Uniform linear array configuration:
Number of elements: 12
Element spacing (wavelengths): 1
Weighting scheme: cosine
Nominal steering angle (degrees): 30
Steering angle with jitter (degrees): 30.254
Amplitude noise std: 0.05
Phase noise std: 0.05

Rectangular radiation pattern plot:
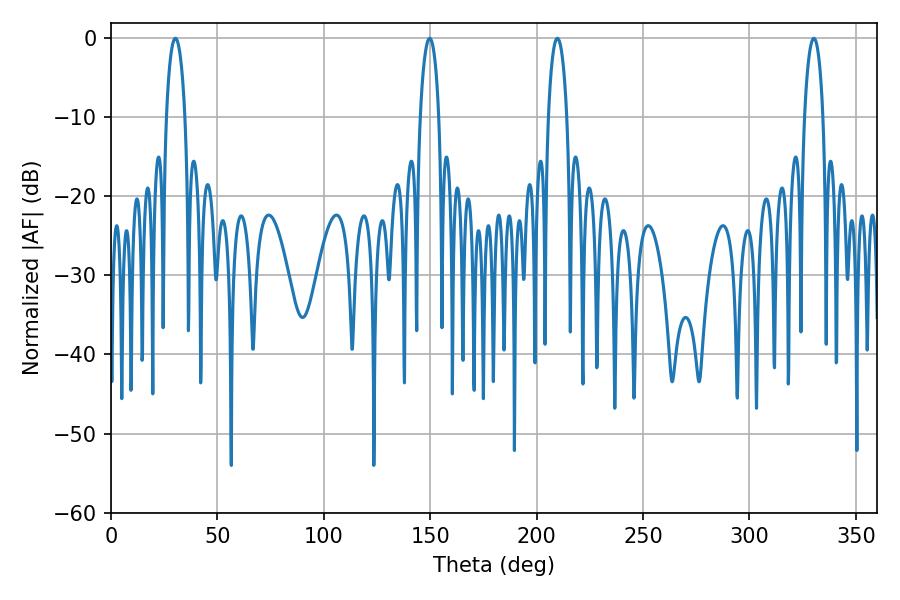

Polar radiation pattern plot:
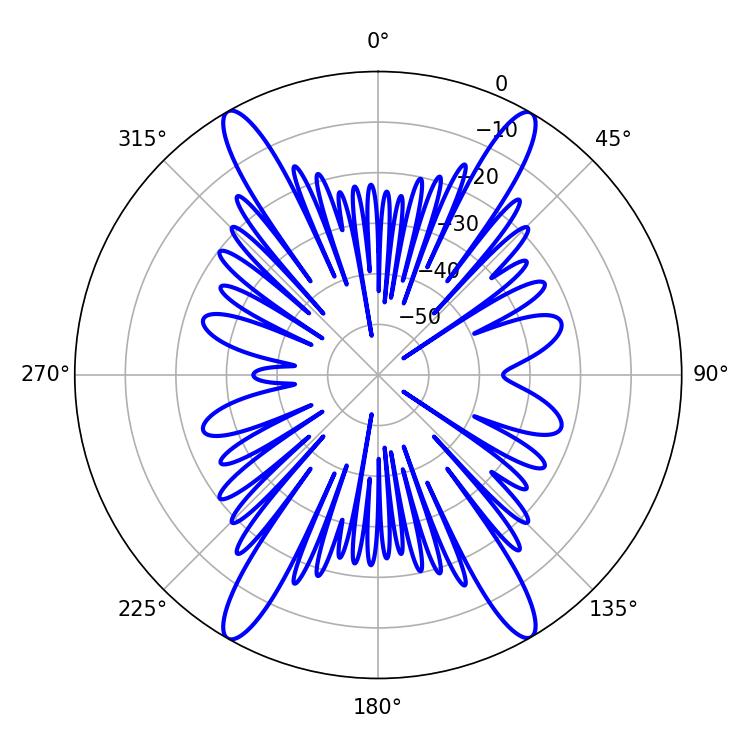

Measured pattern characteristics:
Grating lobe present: TRUE
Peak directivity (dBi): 28.534
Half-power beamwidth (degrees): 4.86
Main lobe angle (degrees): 30.24